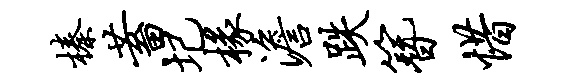
榛蓄圮椽澹跌簪惜